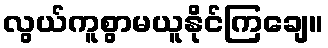
လွယ်ကူစွာမယူနိုင်ကြချေ။